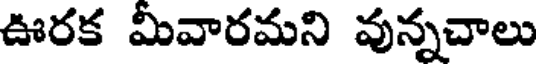
ఊరక మీవారమని వున్నచాలు